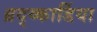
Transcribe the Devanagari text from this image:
ब्रद्य्कार्डिया